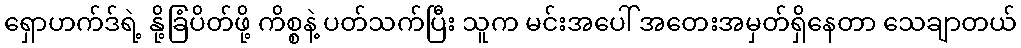
ရှောဟက်ဒ်ရဲ့ နို့ခြံပိတ်ဖို့ ကိစ္စနဲ့ ပတ်သက်ပြီး သူက မင်းအပေါ် အတေးအမှတ်ရှိနေတာ သေချာတယ်